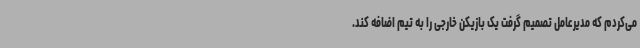
می‌کردم که مدیرعامل تصمیم گرفت یک بازیکن خارجی را به تیم اضافه کند.